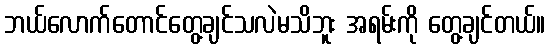
ဘယ်လောက်တောင်တွေ့ချင်သလဲမသိဘူး အရမ်းကို တွေ့ချင်တယ်။